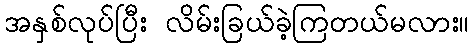
အနှစ်လုပ်ပြီး လိမ်းခြယ်ခဲ့ကြတယ်မလား။